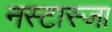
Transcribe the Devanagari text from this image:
नस्टास्जा